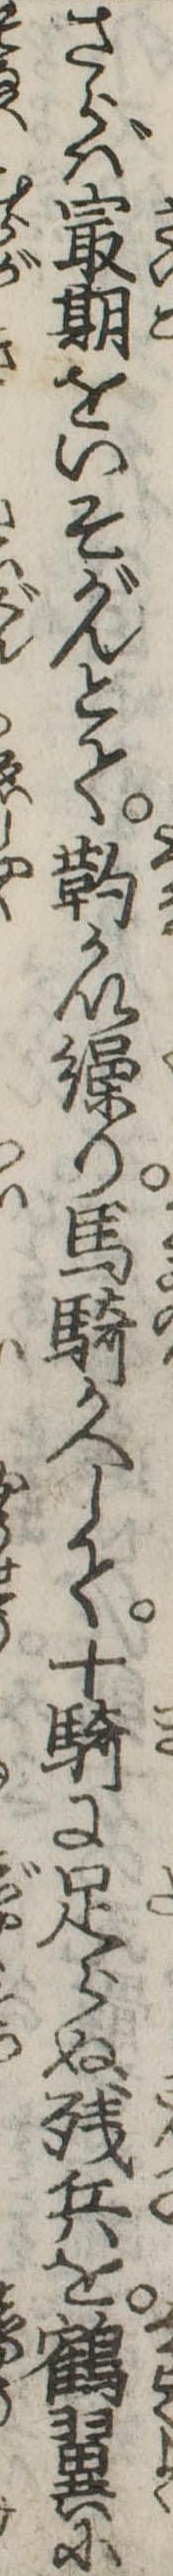
さらば最期をいそがんとてかい繰り馬騎かへして十騎に足らぬ残兵を鶴翼に